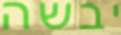
יבשה